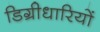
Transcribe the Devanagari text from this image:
डिग्रीधारियों